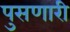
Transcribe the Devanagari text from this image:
पुसणारी